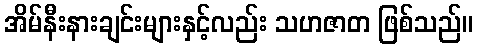
အိမ်နီးနားချင်းများနှင့်လည်း သဟဇာတ ဖြစ်သည်။